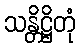
သန္တိဋ္ဌိတုံ